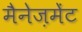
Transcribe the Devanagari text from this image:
मैनेज़मेंट